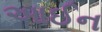
આઈન